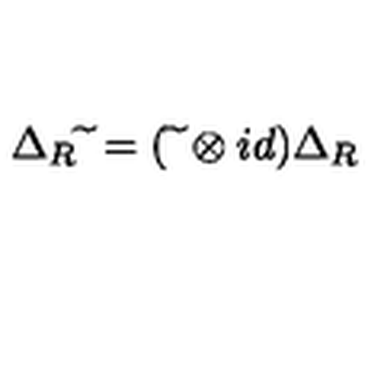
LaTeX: \Delta _ { R } \widetilde { \ } = ( \widetilde { \ } \otimes i d ) \Delta _ { R }